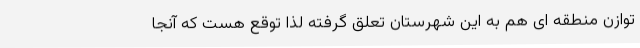
توازن منطقه ای هم به این شهرستان تعلق گرفته لذا توقع هست که آنجا